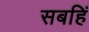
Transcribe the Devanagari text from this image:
सबहिं